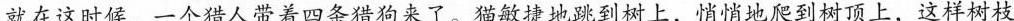
就在这时候，一个猎人带着四条猎狗来了。猫敏捷地跳到树上，悄悄地爬到树顶上，这样树枝